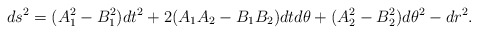
\begin{align*}ds^2= (A_1^2-B_1^2) dt^2+2 (A_1 A_2-B_1 B_2)d t d\theta+(A_2^2-B^2_2)d\theta^2 -d r^2.\end{align*}